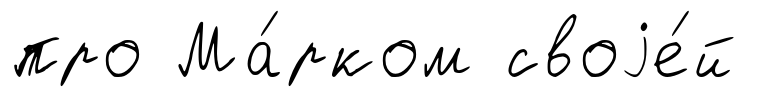
про Ма́рком своjе́й